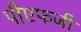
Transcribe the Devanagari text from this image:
पीएफजी